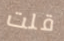
قلت